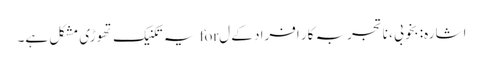
اشارہ: بخوبی ، ناتجربہ کار افراد کے ل for یہ تکنیک تھوڑی مشکل ہے۔